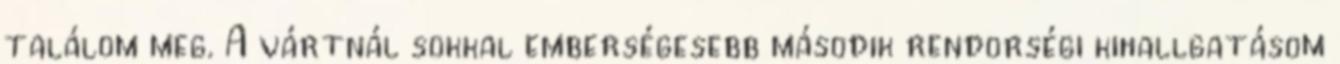
találom meg. A vártnál sokkal emberségesebb második rendõrségi kihallgatásom